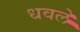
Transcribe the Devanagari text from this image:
धवलें